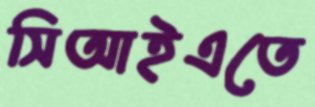
সিআইএতে